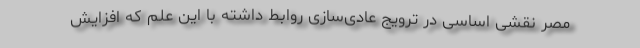
مصر نقشی اساسی در ترویج عادی‌سازی روابط داشته با این علم که افزایش